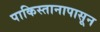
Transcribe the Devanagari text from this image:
पाकिस्तानापासून